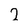
Character: 2